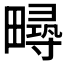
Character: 𤳚